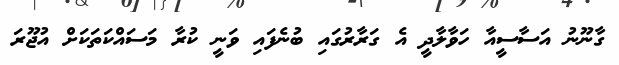
ގާނޫނު އަސާސީއާ ހަވާލާދީ އެ ގަރާރުގައި ބުނެފައި ވަނީ ކުރާ މަސައްކަތަކަށް އުޖޫރަ